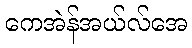
ကေအဲန်အယ်လ်အေ